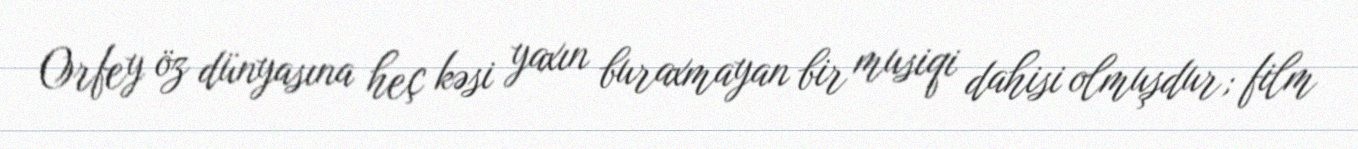
Orfey öz dünyasına heç kəsi yaxın buraxmayan bir musiqi dahisi olmuşdur; film